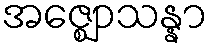
အဇ္ဈောသန္နာ